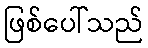
ဖြစ်ပေါ်သည်